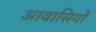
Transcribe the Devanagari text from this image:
आवासियों